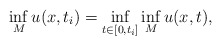
\begin{align*}\inf_M u(x,t_i) = \inf_{t\in[0,t_i]}\inf_M u(x,t) ,\end{align*}